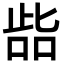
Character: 啙